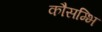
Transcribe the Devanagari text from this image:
कौसम्भि